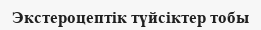
Экстероцептік түйсiктер тобы